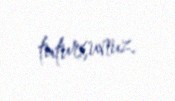
tutursunuz.